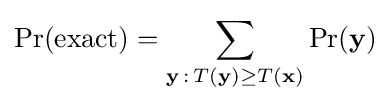
\Pr({\text{exact}})=\sum _{\mathbf {y} \,:\,T(\mathbf {y} )\geq T(\mathbf {x)} }\Pr(\mathbf {y} )